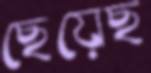
ছেয়েছ